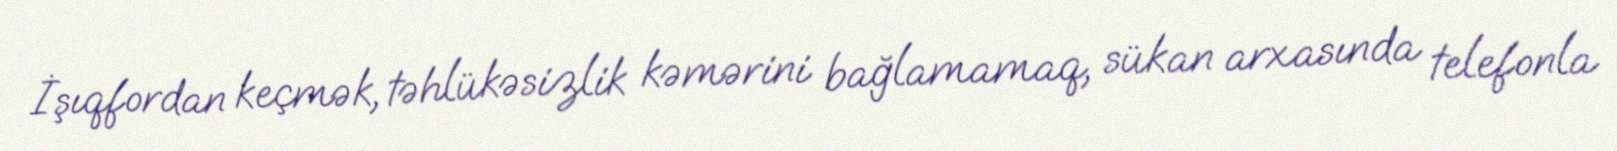
İşıqfordan keçmək, təhlükəsizlik kəmərini bağlamamaq, sükan arxasında telefonla